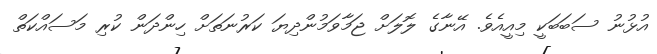
އުޅުނު ސަބަބަކީ މިއީއެވެ. އޭނާގެ ލޮލަށް ޖަމާވަމުންދިޔަ ކަރުނަތަށް ހިންދަން ކުރި މަސައްކަތް